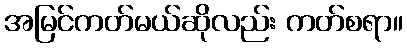
အမြင်ကတ်မယ်ဆိုလည်း ကတ်စရာ။